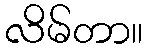
လိမ်တာ။